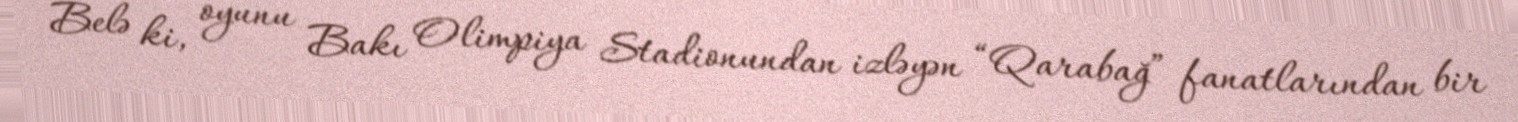
Belə ki, oyunu Bakı Olimpiya Stadionundan izləyən “Qarabağ” fanatlarından bir